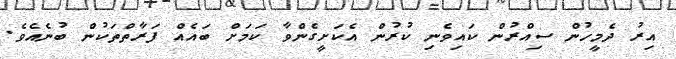
އިރު ދެމީހުން ސިއްރުން ކައިވެނި ކުރުން އެކަށީގެންވާ ކަމަށް ބައެއް ފަރާތްތަކުން ބުނެއެވެ.